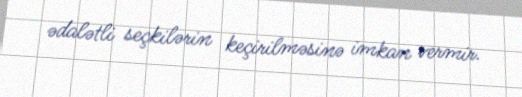
ədalətli seçkilərin keçirilməsinə imkan vermir.